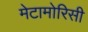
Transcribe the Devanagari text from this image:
मेटामोरिसी